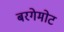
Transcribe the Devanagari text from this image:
बरगेमोट